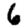
Digit: 6